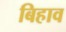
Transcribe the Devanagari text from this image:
बिहाव